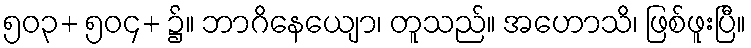
၅၀၃+ ၅၀၄+ ၌။ ဘာဂိနေယျော၊ တူသည်။ အဟောသိ၊ ဖြစ်ဖူးပြီ။